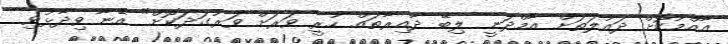
އާއްމުކޮށް ދައުލަތަށް އާމްދަނީ ލިބޭ ދާއިރާތައް ހުރީ ވަރަށް ވަރުގަދަކޮށް" އޭނާ ވިދާޅުވި